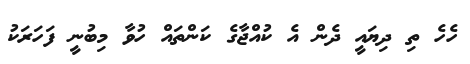
ހެހެ ތި ދިޔައީ ދެން އެ ކުއްޖާގެ ކަންތައް ހުވާ މިބުނީ ފަހަރަކު